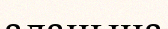
аланына